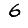
Digit: 6